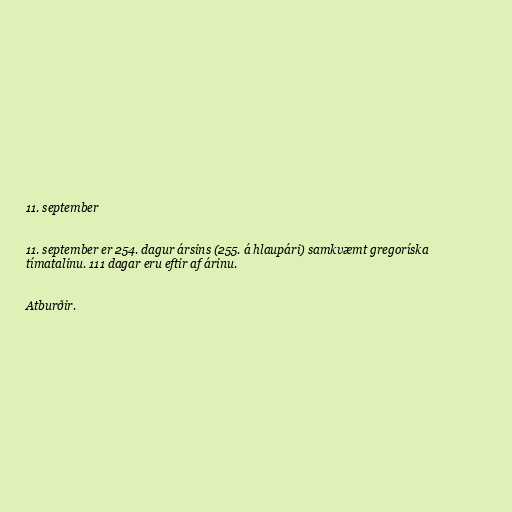
11. september

11. september er 254. dagur ársins (255. á hlaupári) samkvæmt gregoríska
tímatalinu. 111 dagar eru eftir af árinu.

Atburðir.